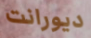
ديورانت